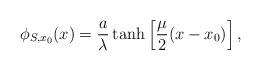
LaTeX: \begin{align*}\phi_{S,x_{0}}(x)=\frac{a}{\lambda}\tanh\left[\frac{\mu}{2}(x-x_{0})\right],\end{align*}